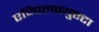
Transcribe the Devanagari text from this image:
एज्पिलक्युएटा